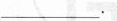
___.